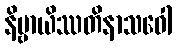
နိဗ္ဗာယိဿတိနာသဝေါ